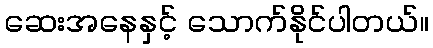
ဆေးအနေနှင့် သောက်နိုင်ပါတယ်။